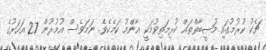
ޗެކު ކުރުމުގައި މުޞީބާތްތައް ކުރިމަތިވުމަކީ ޢާންމު ކަމެކެވެ. ނަމަވެސް އުމުރުން 27 އަހަރުގެ